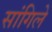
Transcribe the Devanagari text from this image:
सांगिले